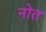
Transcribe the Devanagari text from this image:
नोत